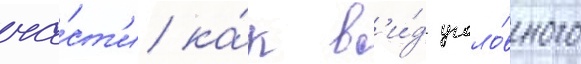
ча́ст'и ка́к в'и́д уголо́вного